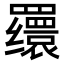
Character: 𬙪